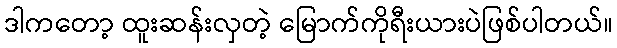
ဒါကတော့ ထူးဆန်းလှတဲ့ မြောက်ကိုရီးယားပဲဖြစ်ပါတယ်။